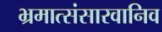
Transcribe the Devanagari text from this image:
भ्रमात्संसारवानिव